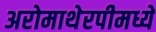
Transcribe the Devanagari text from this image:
अरोमाथेरपीमध्ये